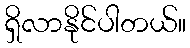
ရှိလာနိုင်ပါတယ်။